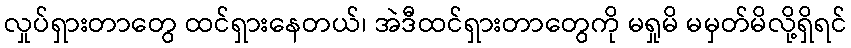
လှုပ်ရှားတာတွေ ထင်ရှားနေတယ်၊ အဲဒီထင်ရှားတာတွေကို မရှုမိ မမှတ်မိလို့ရှိရင်